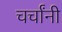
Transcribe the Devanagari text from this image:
चर्चांनी